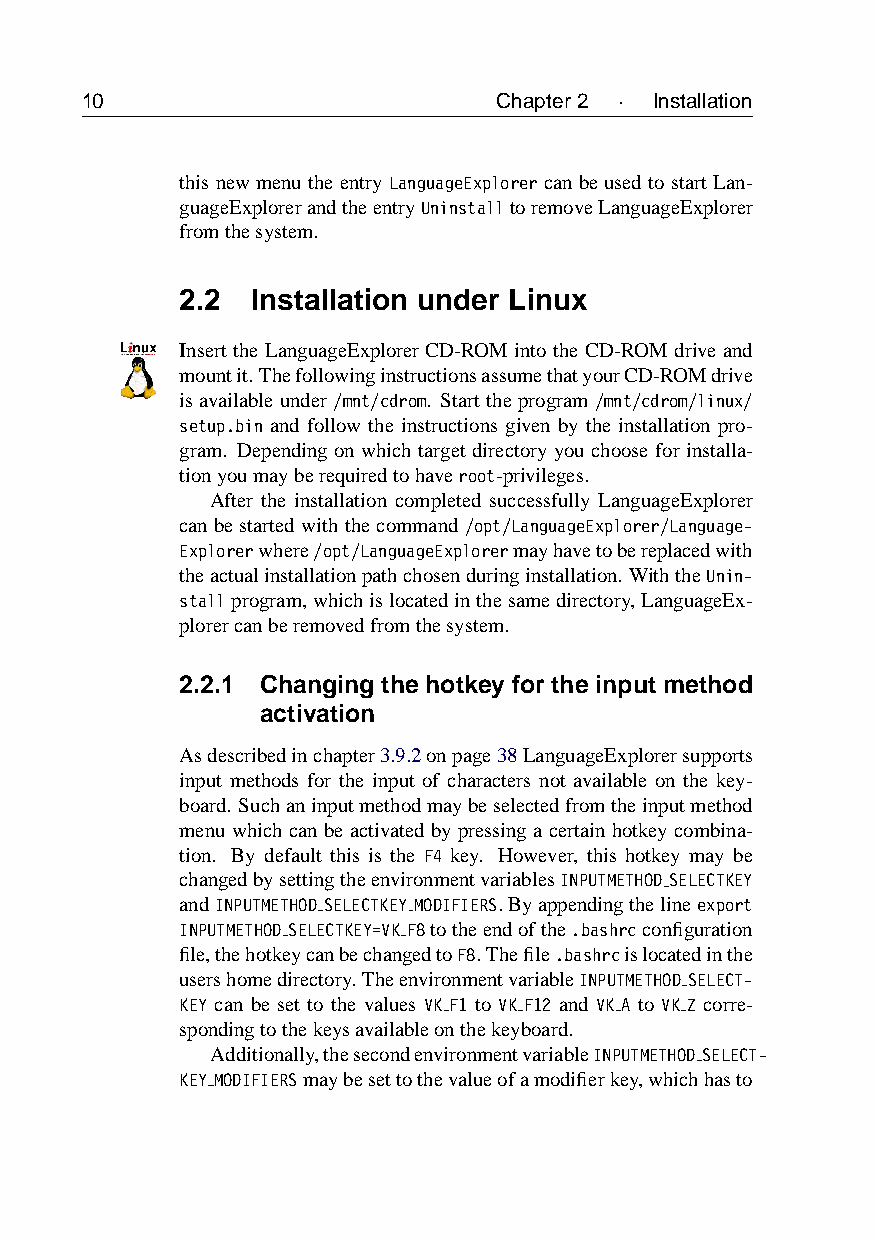
10                          Chapter2 · Installation
 thisnewmenutheentryLanguageExplorercanbeusedtostartLan-
 guageExplorerandtheentryUninstalltoremoveLanguageExplorer
 fromthesystem.
 2.2  Installation under Linux
 Insert the LanguageExplorer CD-ROM into the CD-ROM drive and
 mountit.ThefollowinginstructionsassumethatyourCD-ROMdrive
 isavailableunder/mnt/cdrom. Starttheprogram/mnt/cdrom/linux/
 setup.bin and follow the instructions given by the installation pro-
 gram. Depending on which target directory you choose for installa-
 tionyoumayberequiredtohaveroot-privileges.
 After the installation completed successfully LanguageExplorer
 canbestartedwiththecommand/opt/LanguageExplorer/Language-
 Explorerwhere/opt/LanguageExplorermayhavetobereplacedwith
 theactualinstallationpathchosenduringinstallation. WiththeUnin-
 stallprogram,whichislocatedinthesamedirectory,LanguageEx-
 plorercanberemovedfromthesystem.
 2.2.1 Changing the hotkey for the input method
 activation
 Asdescribedinchapter3.9.2onpage38LanguageExplorersupports
 input methods for the input of characters not available on the key-
 board. Suchaninputmethodmaybeselectedfromtheinputmethod
 menu which can be activated by pressing a certain hotkey combina-
 tion. By default this is the F4 key. However, this hotkey may be
 changedbysettingtheenvironmentvariablesINPUTMETHOD SELECTKEY
 andINPUTMETHOD SELECTKEY MODIFIERS.Byappendingthelineexport
 INPUTMETHOD SELECTKEY=VK F8totheendofthe.bashrcconfiguration
 file,thehotkeycanbechangedtoF8.Thefile.bashrcislocatedinthe
 usershomedirectory.TheenvironmentvariableINPUTMETHOD SELECT-
 KEY can be set to the values VK F1 to VK F12 and VK A to VK Z corre-
 spondingtothekeysavailableonthekeyboard.
 Additionally,thesecondenvironmentvariableINPUTMETHOD SELECT-
 KEY MODIFIERSmaybesettothevalueofamodifierkey,whichhasto